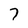
Character: 7